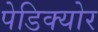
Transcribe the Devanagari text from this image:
पेडिक्‍योर